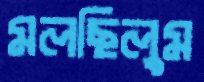
মলছিলুম